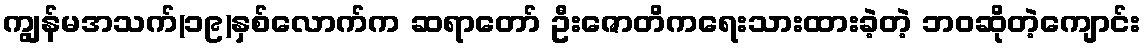
ကျွန်မအသက်(၁၉)နှစ်လောက်က ဆရာတော် ဦးဇောတိကရေးသားထားခဲ့တဲ့ ဘဝဆိုတဲ့ကျောင်း